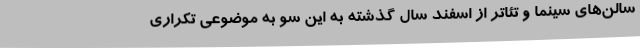
سالن‌های سینما و تئاتر از اسفند سال گذشته به این سو به موضوعی تکراری